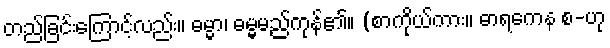
တည်ခြင်းကြောင့်လည်း။ ဓမ္မာ၊ ဓမ္မမည်ကုန်၏။ (စာကိုယ်ကား။ ဓာရကေန စ-ဟု